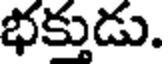
భక్తుడు.